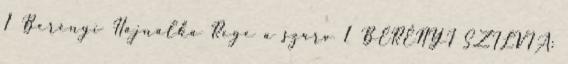
1 Berényi Hajnalka Rege a szarv 1 BERÉNYI SZILVIA: